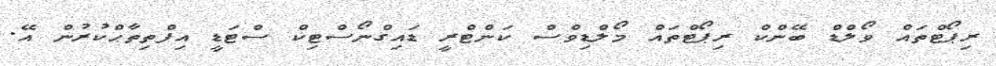
ރިޕޯޓްތައް ވޯލްޑް ބޭންކް ރިޕޯޓްތައް މޯލްޑިވްސް ކަންޓްރީ ޑައިގްނޯސްޓިކް ސްޓަޑީ އިފްތިތާޙްކުރުން އޭ.